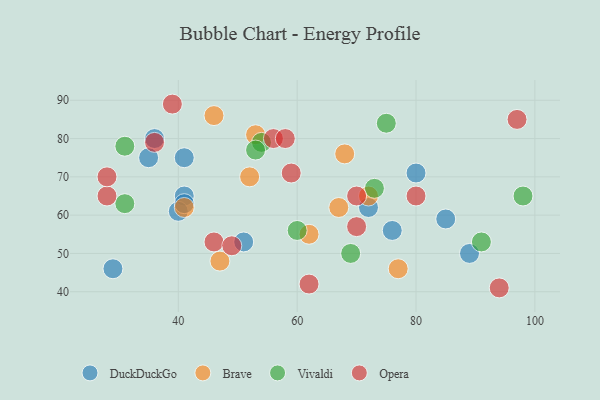
{"axis": {"x": "GDP", "y": "Life Expectancy"}, "legend": ["Brave", "DuckDuckGo", "Opera", "Vivaldi"], "data": [{"x": "89", "y": 50, "type": "DuckDuckGo"}, {"x": "41", "y": 65, "type": "DuckDuckGo"}, {"x": "76", "y": 56, "type": "DuckDuckGo"}, {"x": "41", "y": 75, "type": "DuckDuckGo"}, {"x": "36", "y": 80, "type": "DuckDuckGo"}, {"x": "35", "y": 75, "type": "DuckDuckGo"}, {"x": "40", "y": 61, "type": "DuckDuckGo"}, {"x": "51", "y": 53, "type": "DuckDuckGo"}, {"x": "41", "y": 63, "type": "DuckDuckGo"}, {"x": "85", "y": 59, "type": "DuckDuckGo"}, {"x": "29", "y": 46, "type": "DuckDuckGo"}, {"x": "80", "y": 71, "type": "DuckDuckGo"}, {"x": "72", "y": 62, "type": "DuckDuckGo"}, {"x": "41", "y": 62, "type": "Brave"}, {"x": "52", "y": 70, "type": "Brave"}, {"x": "77", "y": 46, "type": "Brave"}, {"x": "68", "y": 76, "type": "Brave"}, {"x": "47", "y": 48, "type": "Brave"}, {"x": "67", "y": 62, "type": "Brave"}, {"x": "53", "y": 81, "type": "Brave"}, {"x": "46", "y": 86, "type": "Brave"}, {"x": "72", "y": 65, "type": "Brave"}, {"x": "62", "y": 55, "type": "Brave"}, {"x": "75", "y": 84, "type": "Vivaldi"}, {"x": "54", "y": 79, "type": "Vivaldi"}, {"x": "98", "y": 65, "type": "Vivaldi"}, {"x": "60", "y": 56, "type": "Vivaldi"}, {"x": "31", "y": 78, "type": "Vivaldi"}, {"x": "53", "y": 77, "type": "Vivaldi"}, {"x": "73", "y": 67, "type": "Vivaldi"}, {"x": "91", "y": 53, "type": "Vivaldi"}, {"x": "31", "y": 63, "type": "Vivaldi"}, {"x": "69", "y": 50, "type": "Vivaldi"}, {"x": "70", "y": 57, "type": "Opera"}, {"x": "39", "y": 89, "type": "Opera"}, {"x": "46", "y": 53, "type": "Opera"}, {"x": "62", "y": 42, "type": "Opera"}, {"x": "56", "y": 80, "type": "Opera"}, {"x": "80", "y": 65, "type": "Opera"}, {"x": "49", "y": 52, "type": "Opera"}, {"x": "97", "y": 85, "type": "Opera"}, {"x": "28", "y": 65, "type": "Opera"}, {"x": "59", "y": 71, "type": "Opera"}, {"x": "36", "y": 79, "type": "Opera"}, {"x": "28", "y": 70, "type": "Opera"}, {"x": "70", "y": 65, "type": "Opera"}, {"x": "94", "y": 41, "type": "Opera"}, {"x": "58", "y": 80, "type": "Opera"}]}